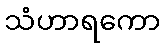
သံဟာရကော